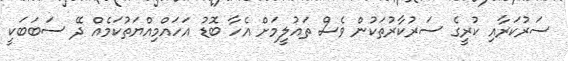
ސަރުކަރާއި ކުރީގެ ސަރުކާރުތަކުން ވެސް ތައުލީމަށް އެހާ ބޮޑު އަހައްމިއްޔަތުކަމެއް ދޭ ސަބަބަކީ